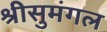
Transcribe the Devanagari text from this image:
श्रीसुमंगल